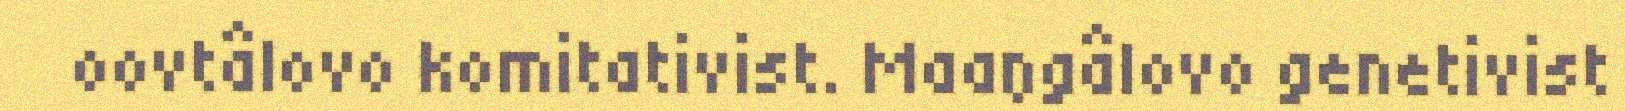
oovtâlovo komitativist. Maaŋgâlovo genetivist